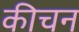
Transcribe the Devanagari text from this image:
कीचन